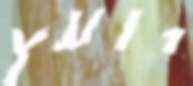
יועץ